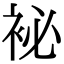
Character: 袐